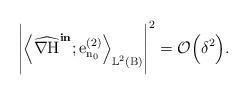
LaTeX: \begin{align*}\Bigg|\Big\langle \widehat{\nabla \mathrm{H}}^{\textbf{in}};\mathrm{e}^{(2)}_{\mathrm{n}_{0}}\Big\rangle_{\mathbb{L}^{2}(\mathrm{B})}\Bigg|^2 = \mathcal{O}\Big(\delta^2\Big).\end{align*}